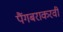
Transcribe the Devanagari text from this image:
पैंगबराकरवी